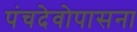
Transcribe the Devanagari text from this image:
पंचदेवोपासना